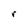
Character: r